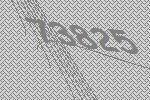
73825